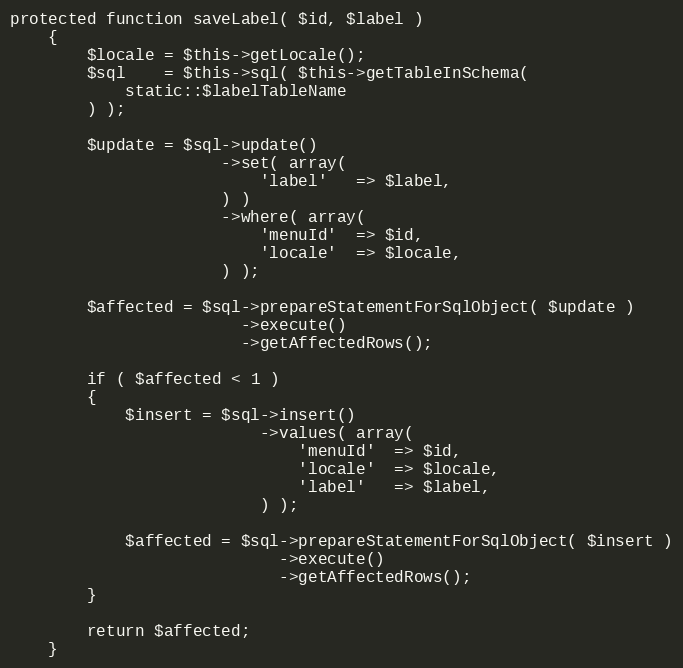
Language: PHP
protected function saveLabel( $id, $label )
    {
        $locale = $this->getLocale();
        $sql    = $this->sql( $this->getTableInSchema(
            static::$labelTableName
        ) );

        $update = $sql->update()
                      ->set( array(
                          'label'   => $label,
                      ) )
                      ->where( array(
                          'menuId'  => $id,
                          'locale'  => $locale,
                      ) );

        $affected = $sql->prepareStatementForSqlObject( $update )
                        ->execute()
                        ->getAffectedRows();

        if ( $affected < 1 )
        {
            $insert = $sql->insert()
                          ->values( array(
                              'menuId'  => $id,
                              'locale'  => $locale,
                              'label'   => $label,
                          ) );

            $affected = $sql->prepareStatementForSqlObject( $insert )
                            ->execute()
                            ->getAffectedRows();
        }

        return $affected;
    }